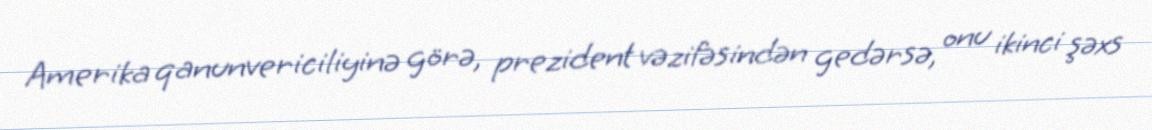
Amerika qanunvericiliyinə görə, prezident vəzifəsindən gedərsə, onu ikinci şəxs